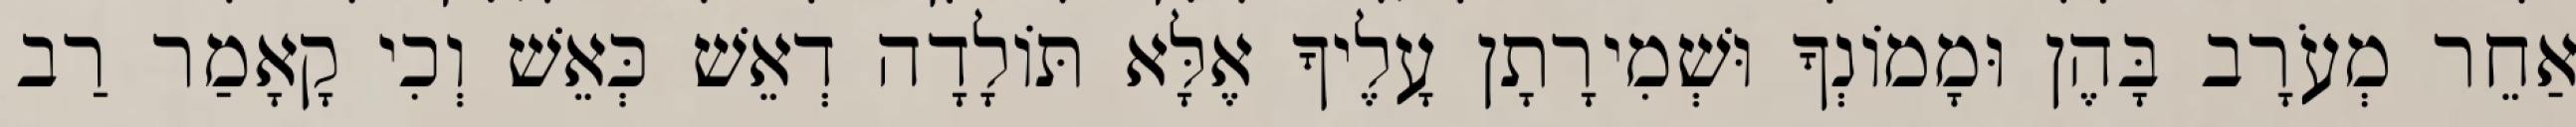
אַחֵר מְעֹרָב בָּהֶן וּמָמוֹנְךָ וּשְׁמִירָתָן עָלֶיךָ אֶלָּא תּוֹלָדָה דְאֵשׁ כְּאֵשׁ וְכִי קָאָמַר רַב